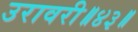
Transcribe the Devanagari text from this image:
उरावरी॥४३॥